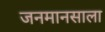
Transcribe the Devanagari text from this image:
जनमानसाला